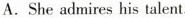
A.She admires his talent.